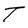
Character: T